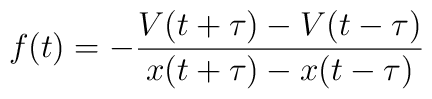
f(t)=-\frac{V(t+\tau)-V(t-\tau)}{x(t+\tau)-x(t-\tau)}